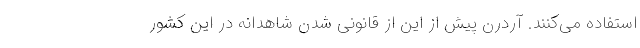
استفاده می‌کنند. آردرن پیش از این از قانونی شدن شاهدانه در این کشور